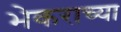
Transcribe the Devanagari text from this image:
भेकराच्या